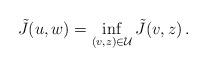
LaTeX: \begin{align*} \tilde J(u,w)=\inf_{(v,z)\in\mathcal U}\tilde J(v,z)\,. \end{align*}